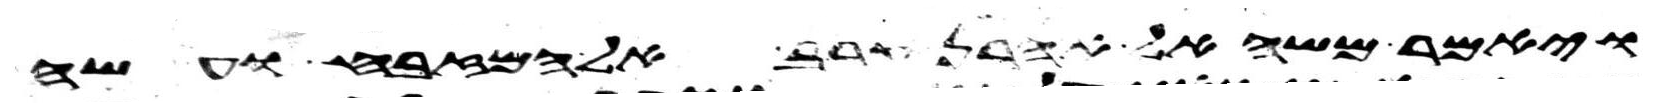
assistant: ויאמר משה אל אהרן קרב אל המזבח ועשה